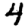
Digit: 4